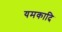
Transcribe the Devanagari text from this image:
यमकादि